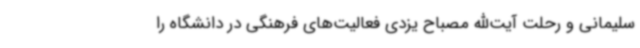
سلیمانی و رحلت آیت‌الله مصباح‌ یزدی فعالیت‌های فرهنگی در دانشگاه را